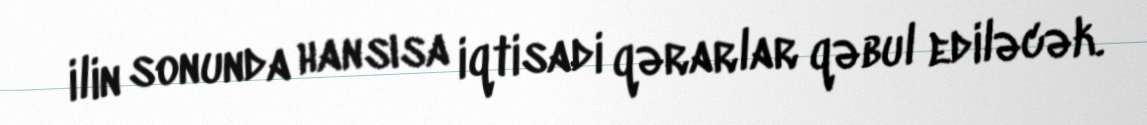
ilin sonunda hansısa iqtisadi qərarlar qəbul ediləcək.